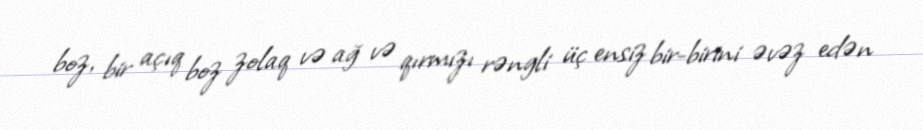
boz, bir açıq boz zolaq və ağ və qırmızı rəngli üç ensiz bir-birini əvəz edən